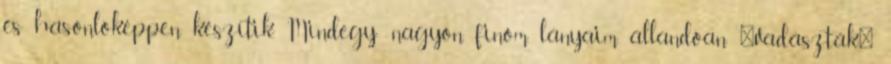
és hasonlóképpen készítik. Mindegy: nagyon finom, lányaim állandóan "vadászták"